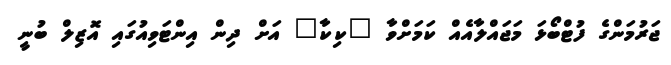
ޖަރުމަންގެ ފުޓްބޯޅަ މަޖައްލާއެއް ކަމަށްވާ "ކިކާ" އަށް ދިން އިންޓަވިއުގައި އޮޒިލް ބުނީ